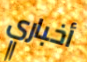
أخباري